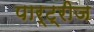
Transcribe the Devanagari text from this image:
पार्ट्रीज